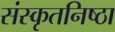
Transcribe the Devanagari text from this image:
संस्कृतनिष्ठा